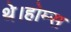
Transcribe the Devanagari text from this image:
थे।होम्स